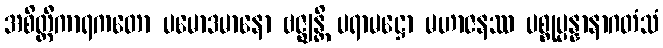
အစိတ္တီကာရကတော ပမောဒမာနော ဗဇ္ဈန္တိ ပရာမဋ္ဌော မဟာဇနဿ ပစ္စုပ္ပန္နာနာဂတံသံ